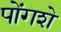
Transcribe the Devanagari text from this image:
पोंगशे